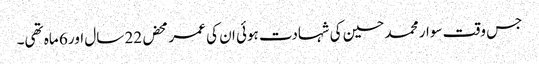
جس وقت سوار محمد حسین کی شہادت ہوئی ان کی عمر محض 22 سال اور 6 ماہ تھی۔